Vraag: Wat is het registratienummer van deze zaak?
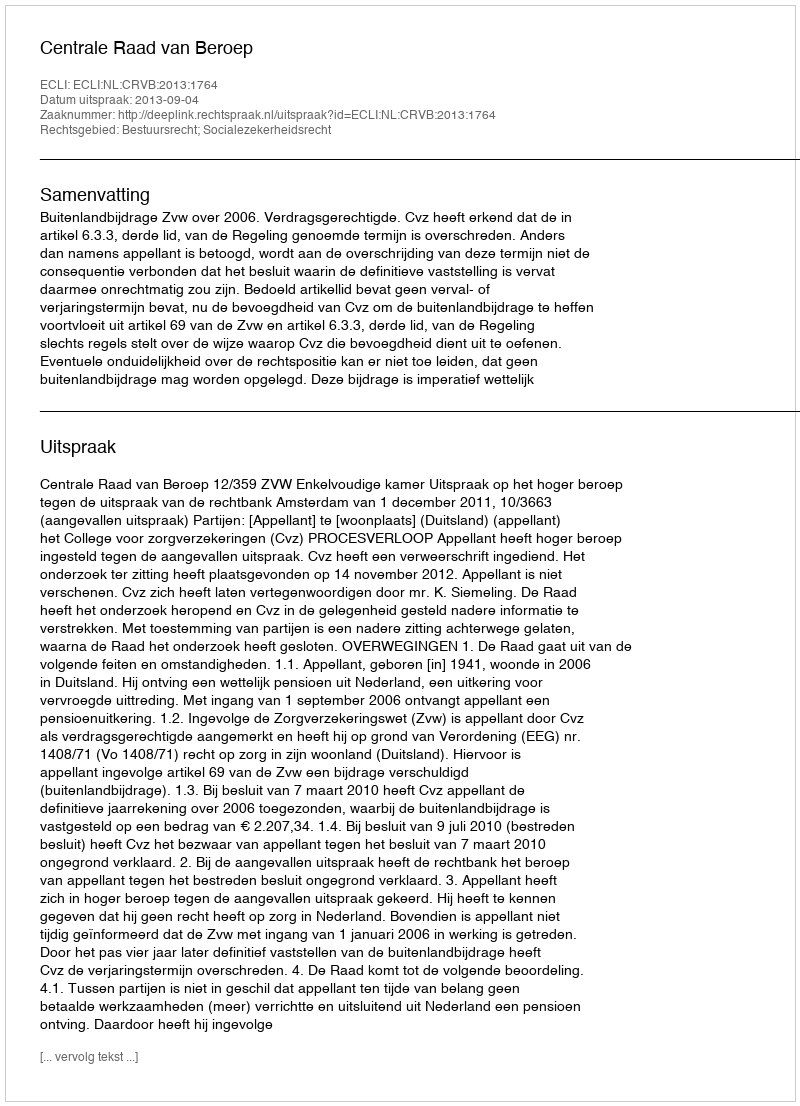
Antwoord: http://deeplink.rechtspraak.nl/uitspraak?id=ECLI:NL:CRVB:2013:1764